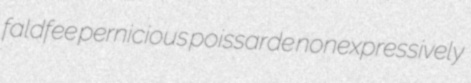
faldfee pernicious poissarde nonexpressively